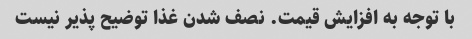
با توجه به افزایش قیمت. نصف شدن غذا توضیح پذیر نیست